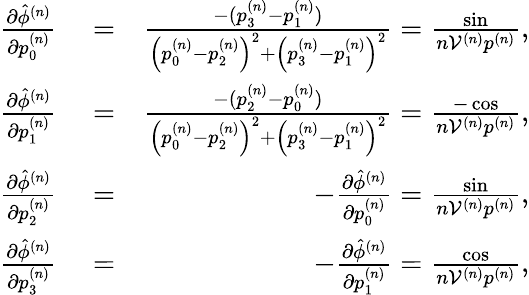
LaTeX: \begin{array}{rlr}{\frac{\partial\hat{\phi}^{(n)}}{\partial p_{0}^{(n)}}}&{{}=}&{\frac{-(p_{3}^{(n)}-p_{1}^{(n)})}{\left(p_{0}^{(n)}-p_{2}^{(n)}\right)^{2}+\left(p_{3}^{(n)}-p_{1}^{(n)}\right)^{2}}=\frac{\sin}{n\mathcal{V}^{(n)}p^{(n)}},}\\ {\frac{\partial\hat{\phi}^{(n)}}{\partial p_{1}^{(n)}}}&{{}=}&{\frac{-(p_{2}^{(n)}-p_{0}^{(n)})}{\left(p_{0}^{(n)}-p_{2}^{(n)}\right)^{2}+\left(p_{3}^{(n)}-p_{1}^{(n)}\right)^{2}}=\frac{-\cos}{n\mathcal{V}^{(n)}p^{(n)}},}\\ {\frac{\partial\hat{\phi}^{(n)}}{\partial p_{2}^{(n)}}}&{{}=}&{-\frac{\partial\hat{\phi}^{(n)}}{\partial p_{0}^{(n)}}=\frac{\sin}{n\mathcal{V}^{(n)}p^{(n)}},}\\ {\frac{\partial\hat{\phi}^{(n)}}{\partial p_{3}^{(n)}}}&{{}=}&{-\frac{\partial\hat{\phi}^{(n)}}{\partial p_{1}^{(n)}}=\frac{\cos}{n\mathcal{V}^{(n)}p^{(n)}},}\end{array}